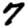
Digit: 7